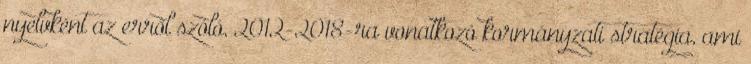
nyelvként az erről szóló, 2012-2018-ra vonatkozó kormányzati stratégia, ami